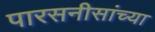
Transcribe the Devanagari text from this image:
पारसनीसांच्या